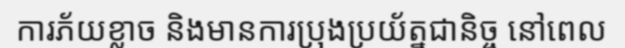
ការភ័យខ្លាច និងមានការប្រុងប្រយ័ត្នជានិច្ច នៅពេល